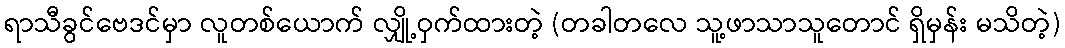
ရာသီခွင်ဗေဒင်မှာ လူတစ်ယောက် လျှို့ဝှက်ထားတဲ့ (တခါတလေ သူ့ဖာသာသူတောင် ရှိမှန်း မသိတဲ့)